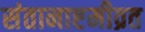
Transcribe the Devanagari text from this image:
संतानाष्टमीव्रत